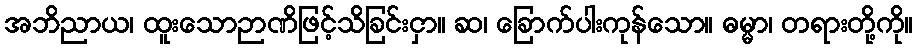
အဘိညာယ၊ ထူးသောဉာဏိဖြင့်သိခြင်းငှာ။ ဆ၊ ခြောက်ပါးကုန်သော။ ဓမ္မာ၊ တရားတို့ကို။